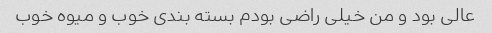
عالی بود و من خیلی راضی بودم بسته بندی خوب و میوه خوب